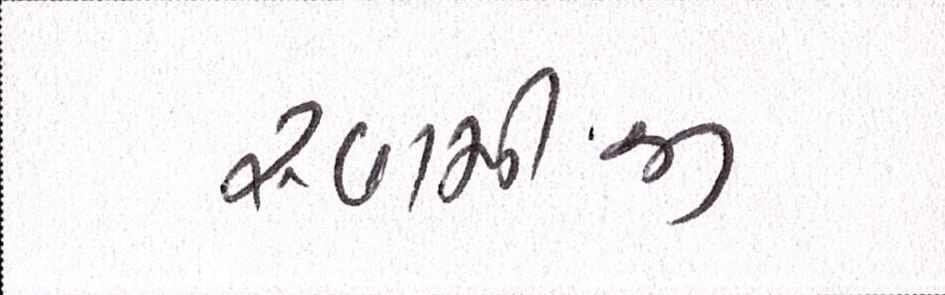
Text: સ્વામીજી